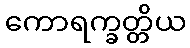
ကောရက္ခတ္တိယ